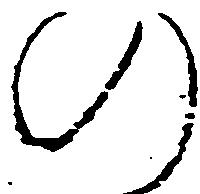
の